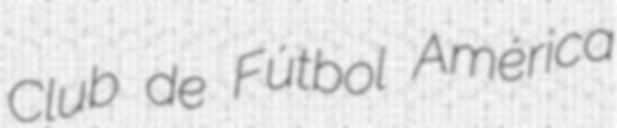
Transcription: Club de Fútbol América